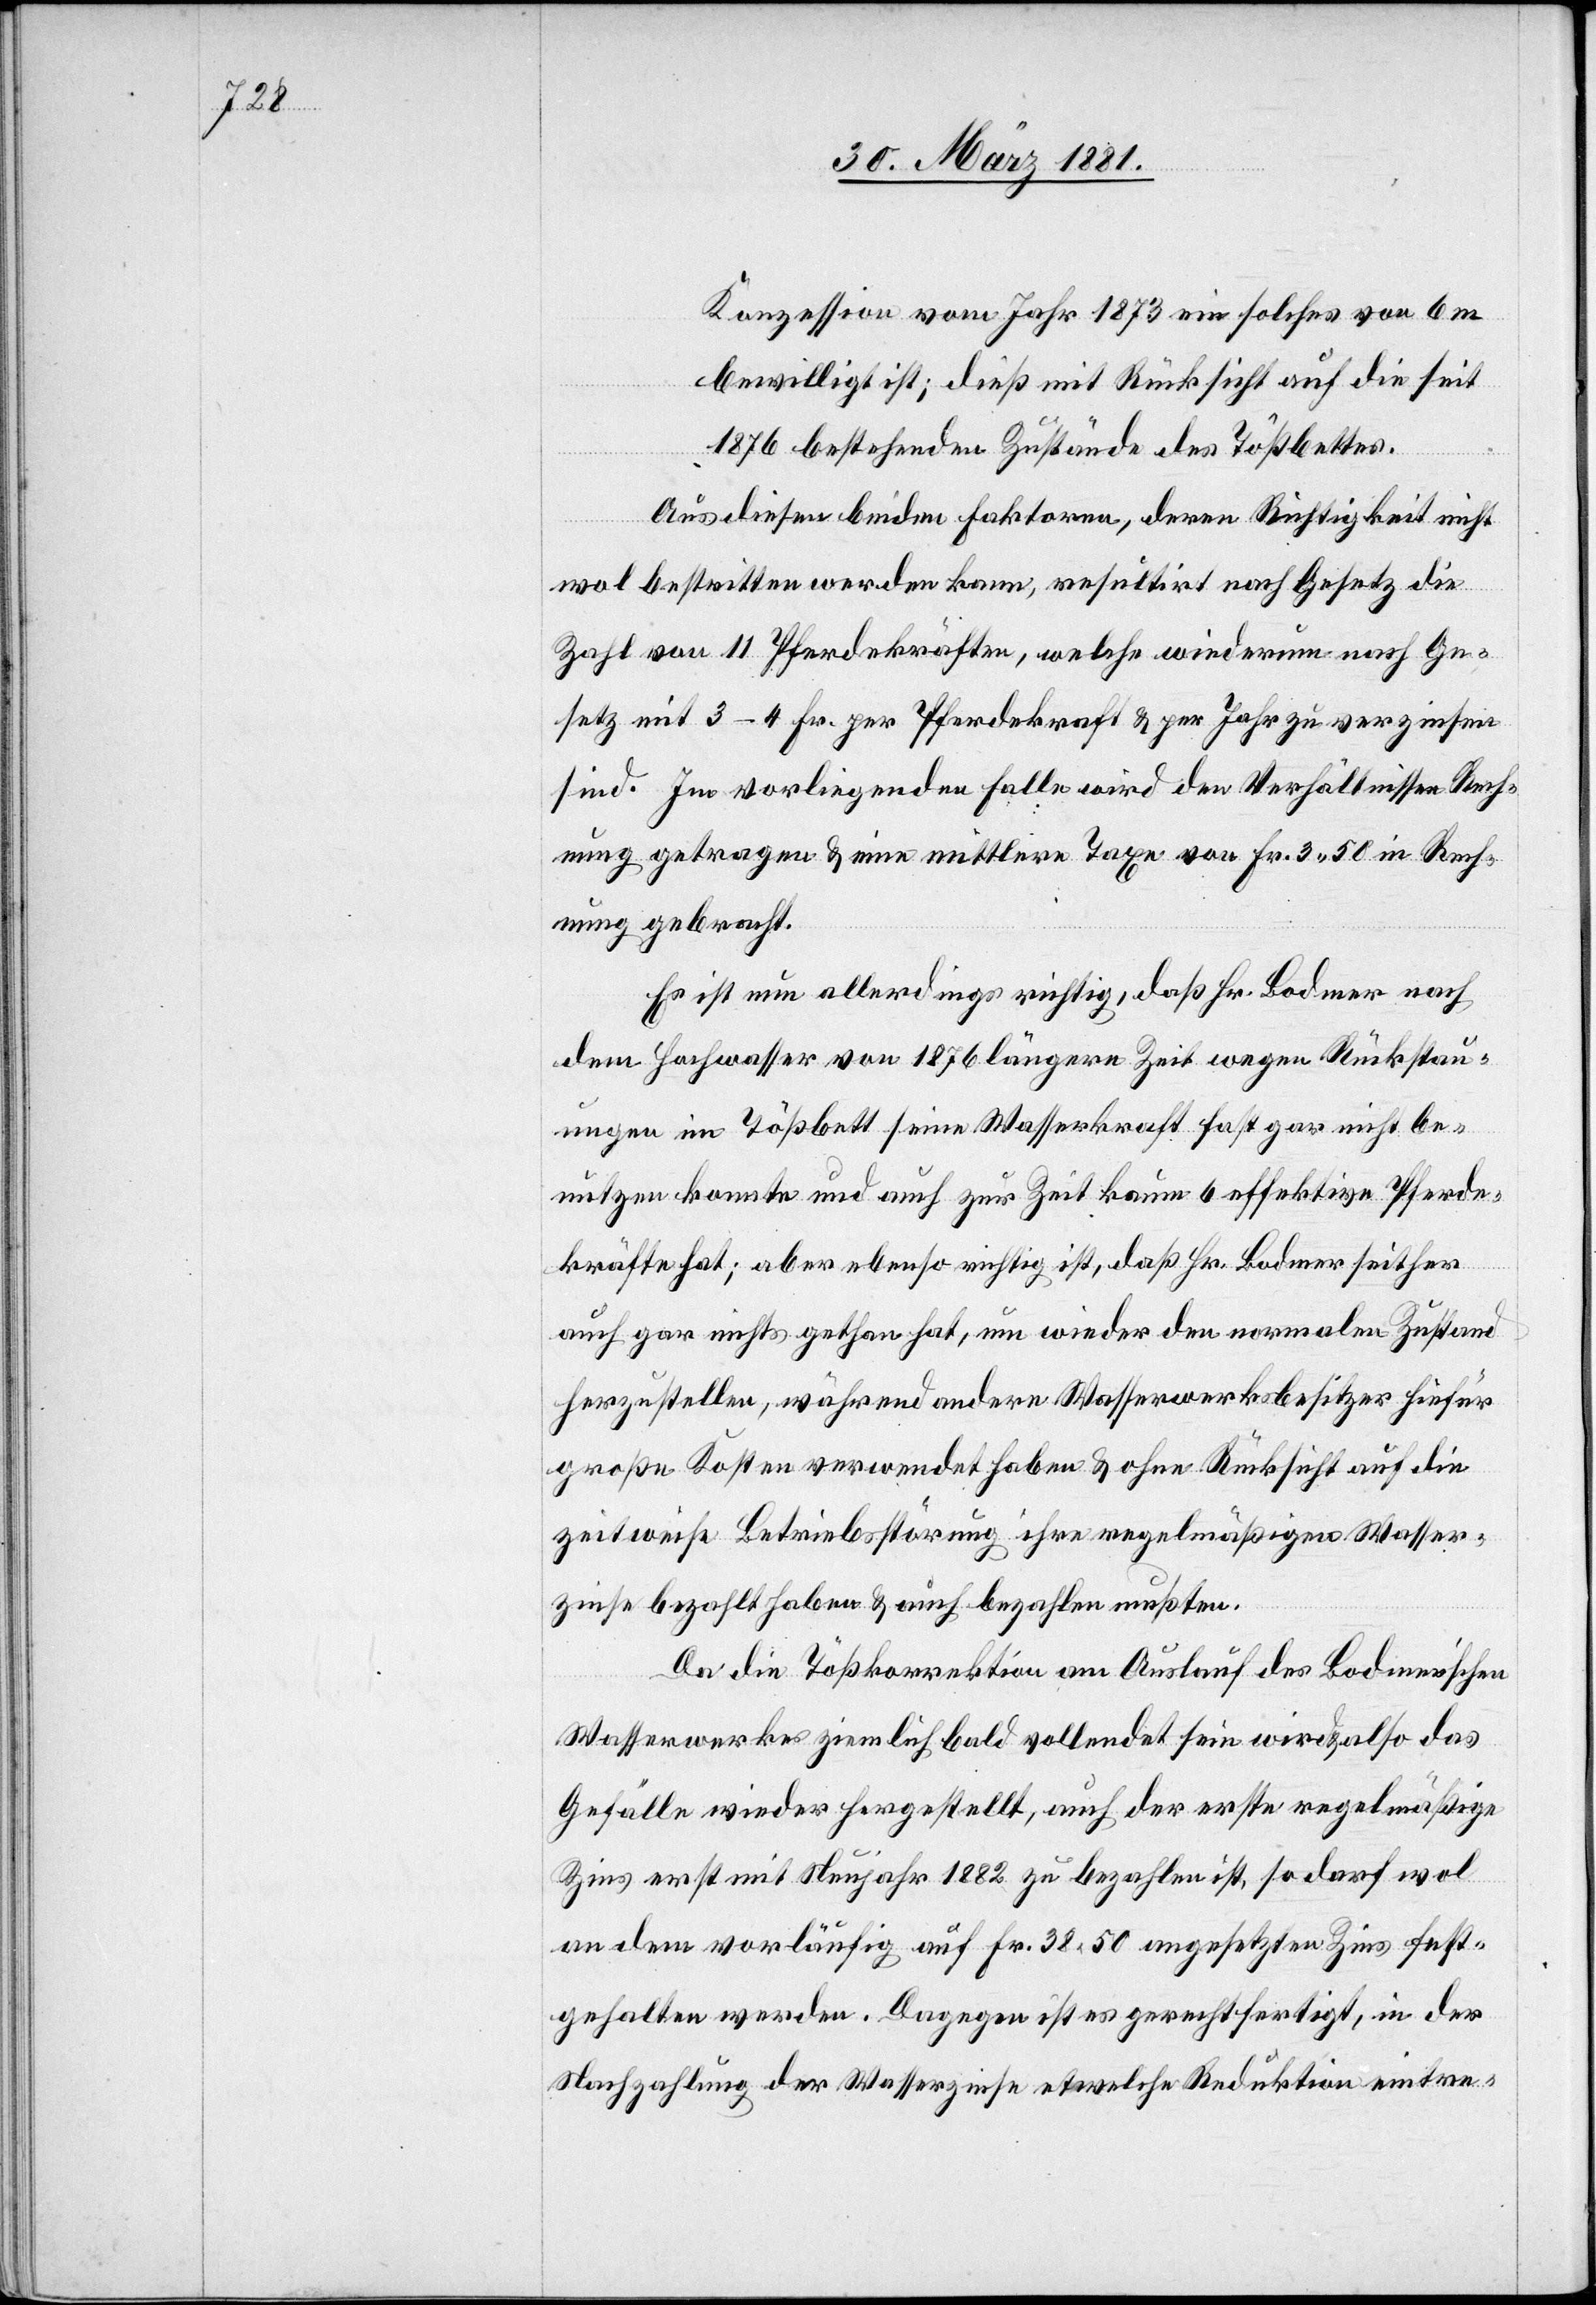
Konzession vom Jahr 1873 ein solches von 6 m
bewilligt ist; dieß mit Rücksicht auf die seit
1876 bestehenden Zustände des Tößbettes.
Aus diesen beiden Faktoren, deren Richtigkeit nicht
wol bestritten werden kann, resultirt nach Gesetz die
Zahl von 11 Pferdekräften, welche wiederum nach Ge¬
setz mit 3–4 Fr. per Pferdekraft & per Jahr zu verzinsen
sind. Im vorliegenden Falle wird den Verhältnissen Rech¬
nung getragen & eine mittlere Taxe von Fr. 3 50 in Rech¬
nung gebracht.
Es ist nun allerdings richtig, daß Hr. Bodmer nach
dem Hochwasser von 1876 längere Zeit wegen Rückstau¬
ungen im Tößbett seine Wasserkraft fast gar nicht be¬
nutzen konnte und auch zur Zeit kaum 6 effektive Pferde¬
kräfte hat; aber ebenso richtig ist, daß Hr. Bodmer seither
auch gar nichts gethan hat, um wieder den normalen Zustand
herzustellen, während andere Wasserwerkbesitzer hiefür
große Kosten verwendet haben & ohne Rücksicht auf die
zeitweise Betriebsstörung ihre regelmäßigen Wasser¬
zinse bezahlt haben & auch bezahlen mußten.
Da die Tößkorrektion am Auslauf des Bodmer’schen
Wasserwerkes ziemlich bald vollendet sein wird & also das
Gefälle wieder hergestellt, auch der erste regelmäßige
Zins erst mit Neujahr 1882 zu bezahlen ist, so darf wol
dem vorläufig auf Fr. 38 50 angesetzten Zins fest¬
gehalten werden. Dagegen ist es gerechtfertigt, in der
Nachzahlung der Wasserzinse etwelche Reduktion eintre-